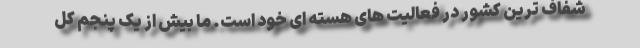
شفاف ترین کشور در فعالیت های هسته ای خود است. ما بیش از یک پنجم کل